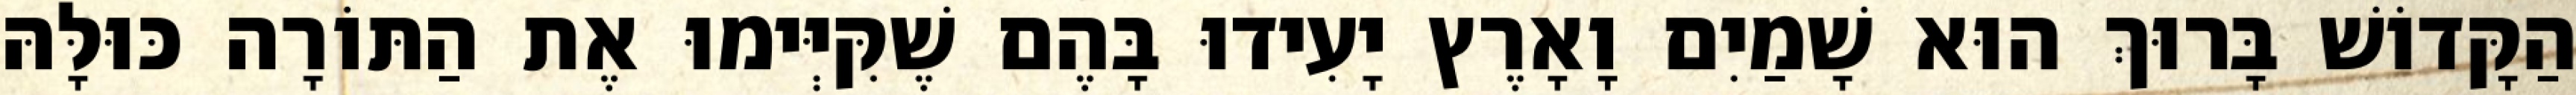
הַקָּדוֹשׁ בָּרוּךְ הוּא שָׁמַיִם וָאָרֶץ יָעִידוּ בָּהֶם שֶׁקִּיְּימוּ אֶת הַתּוֹרָה כּוּלָּהּ